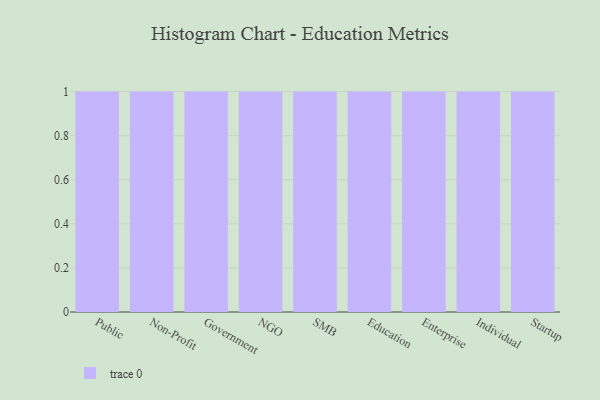
{"axis": {"x": "Segment", "y": "Population (Million)"}, "legend": [""], "data": [{"x": "Public", "y": 33, "type": ""}, {"x": "Non-Profit", "y": 52, "type": ""}, {"x": "Government", "y": 10, "type": ""}, {"x": "NGO", "y": 10, "type": ""}, {"x": "SMB", "y": 28, "type": ""}, {"x": "Education", "y": 70, "type": ""}, {"x": "Enterprise", "y": 36, "type": ""}, {"x": "Individual", "y": 19, "type": ""}, {"x": "Startup", "y": 30, "type": ""}]}